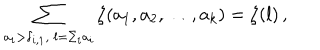
LaTeX: \sum _ { a _ { i } > \delta _ { i , 1 } , \ l = \Sigma _ { i } a _ { i } } \zeta ( a _ { 1 } , a _ { 2 } , \ldots , a _ { k } ) = \zeta ( l ) \, ,